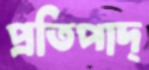
প্রতিপাদ্